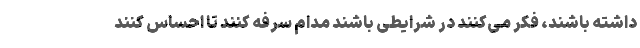
داشته باشند، فکر می‌کنند در شرایطی باشند مدام سرفه کنند تا احساس کنند